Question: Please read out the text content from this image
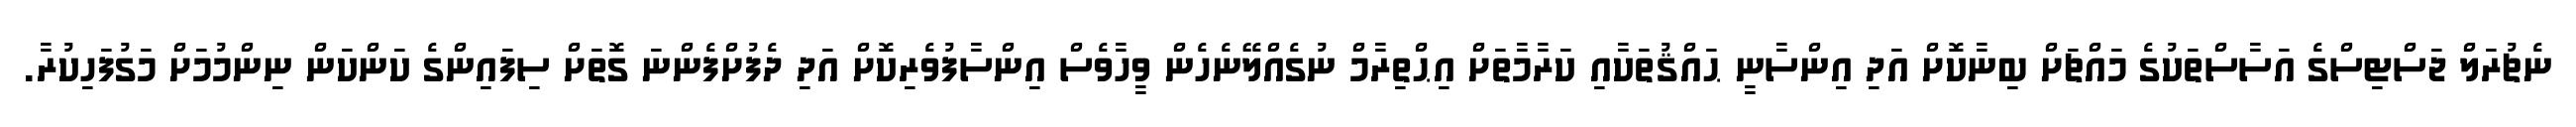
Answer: ނެޗުރަލް ޖަސްޓިސްގެ އަސާސްތަކުގެ މައްޗަށް ބިނާކޮށް އަދި އިންސާނީ ޙައްޤުތަކާއި ކަރާމާތަށް އިޙްތިރާމް ނުގެއްލޭނެހެން ވީހާވެސް އިންސާފުވެރިކޮށް އަދި ދެފުށްފެންނަ ގޮތަށް ސިފައިންގެ ކަންކަން ނިންމުމަށް މަގުފަހިކުރާ.